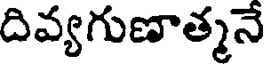
దివ్యగుణాత్మనే